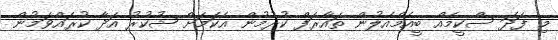
މި ފަދަ ސްކީމެއް ބީއެމްއެލުން ތައާރަފް ކުރުމުން އެކަމަށް ޝުކުރު އަދާ ކުރައްވަމުން